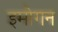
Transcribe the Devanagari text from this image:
इमोगन